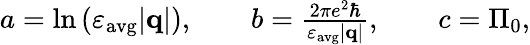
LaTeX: \begin{array}{r}{a=\ln{(\varepsilon_{\mathrm{avg}}|\mathbf{q}|)},\qquad b=\frac{2\pi e^{2}\hbar}{\varepsilon_{\mathrm{avg}}|\mathbf{q}|},\qquad c=\Pi_{0},}\end{array}